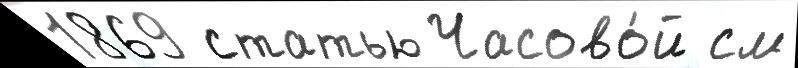
1869 статью Часово́й см